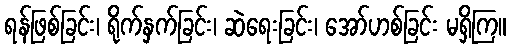
ရန်ဖြစ်ခြင်း၊ ရိုက်နှက်ခြင်း၊ ဆဲရေးခြင်း၊ အော်ဟစ်ခြင်း မရှိကြ။